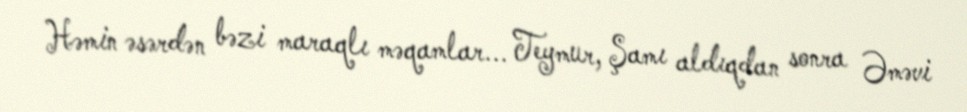
Həmin əsərdən bəzi maraqlı məqamlar... Teymur, Şamı aldıqdan sonra Əməvi